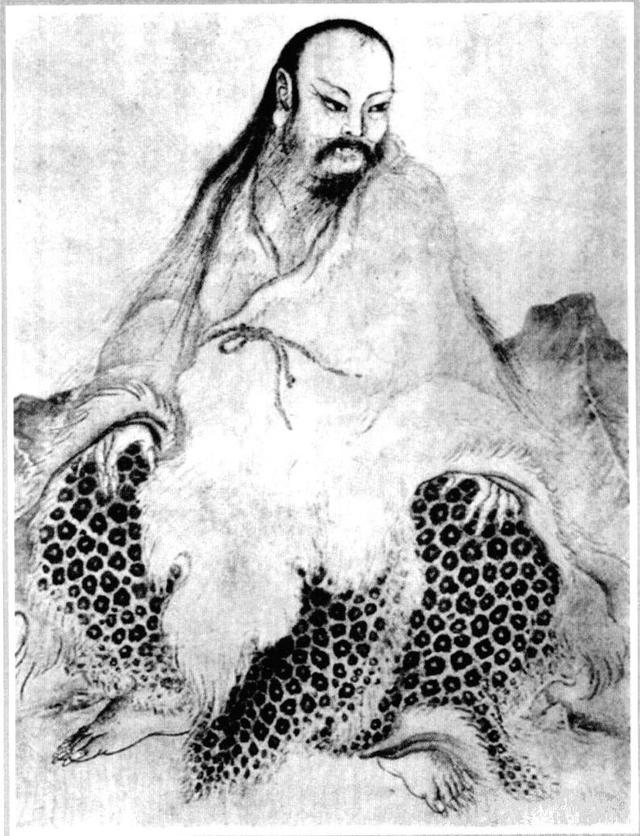
洊雷，震君子以恐惧修省。